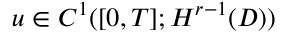
u \in C ^ { 1 } ( [ 0 , T ] ; H ^ { r - 1 } ( D ) )